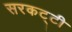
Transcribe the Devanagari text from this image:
सरकट्टी